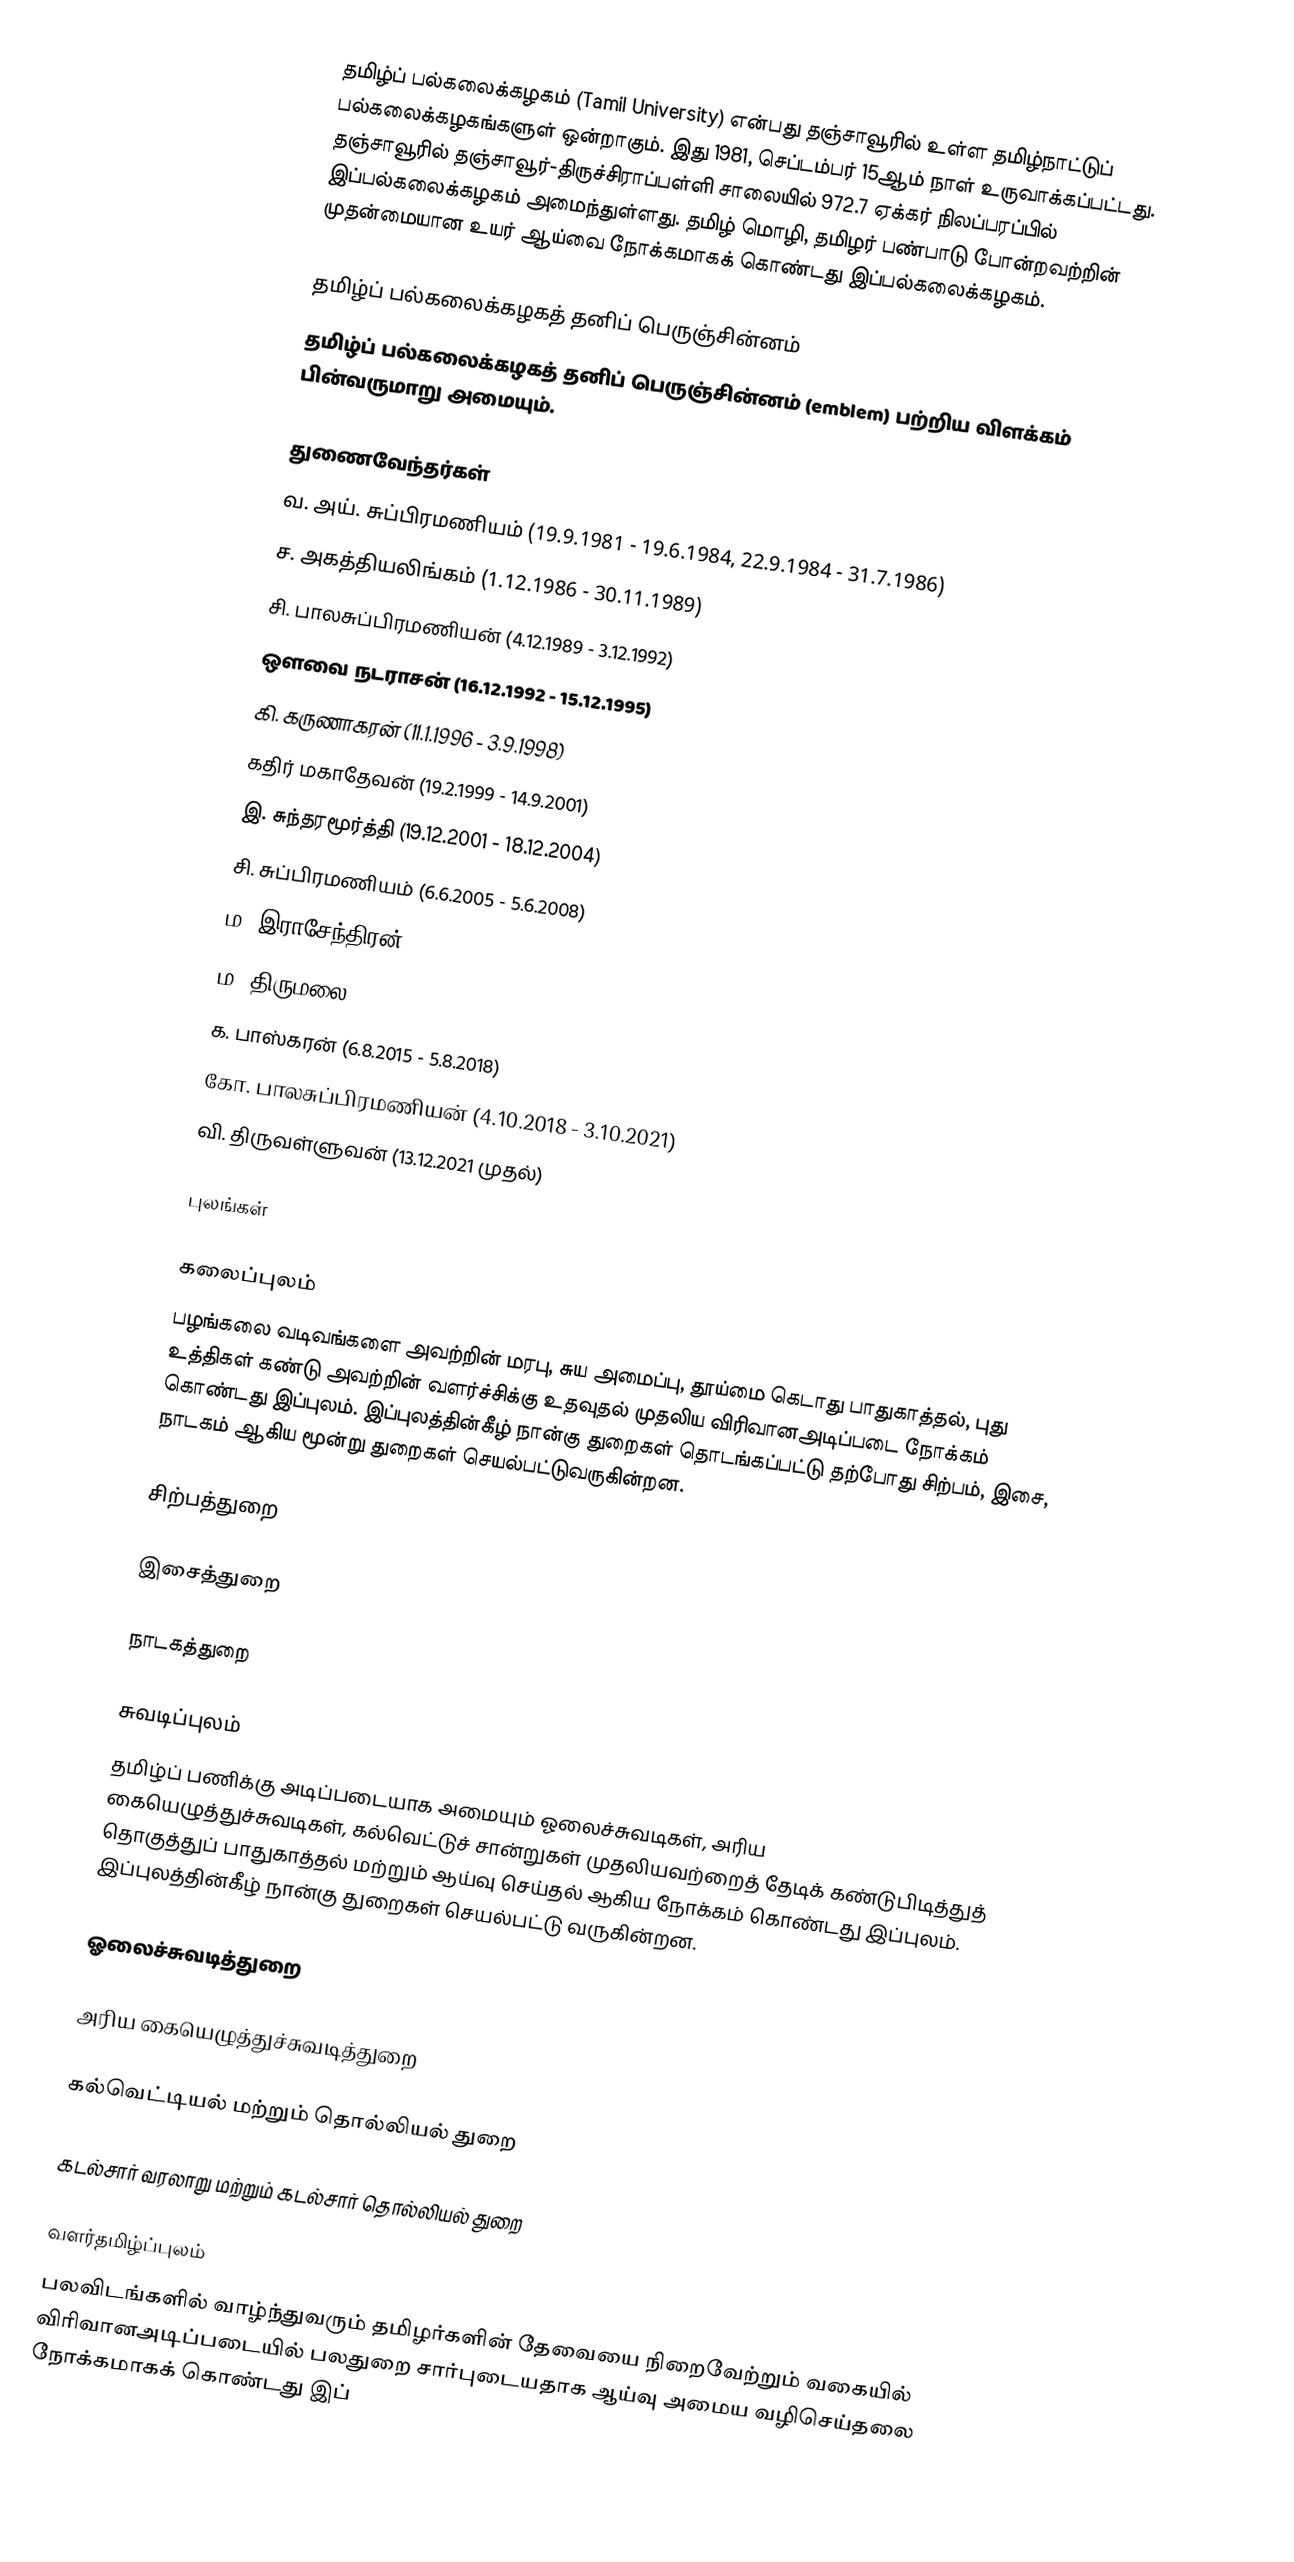
தமிழ்ப் பல்கலைக்கழகம் (Tamil University) என்பது தஞ்சாவூரில் உள்ள தமிழ்நாட்டுப் பல்கலைக்கழகங்களுள் ஒன்றாகும். இது 1981, செப்டம்பர் 15ஆம் நாள் உருவாக்கப்பட்டது. தஞ்சாவூரில் தஞ்சாவூர்-திருச்சிராப்பள்ளி சாலையில் 972.7 ஏக்கர் நிலப்பரப்பில் இப்பல்கலைக்கழகம் அமைந்துள்ளது. தமிழ் மொழி, தமிழர் பண்பாடு போன்றவற்றின் முதன்மையான உயர் ஆய்வை நோக்கமாகக் கொண்டது இப்பல்கலைக்கழகம்.

தமிழ்ப் பல்கலைக்கழகத் தனிப் பெருஞ்சின்னம்
தமிழ்ப் பல்கலைக்கழகத் தனிப் பெருஞ்சின்னம் (emblem) பற்றிய விளக்கம் பின்வருமாறு அமையும்.

துணைவேந்தர்கள்
 வ. அய். சுப்பிரமணியம் (19.9.1981 - 19.6.1984, 22.9.1984 - 31.7.1986)
 ச. அகத்தியலிங்கம் (1.12.1986 - 30.11.1989)
 சி. பாலசுப்பிரமணியன் (4.12.1989 - 3.12.1992)
 ஔவை நடராசன் (16.12.1992 - 15.12.1995)
 கி. கருணாகரன் (11.1.1996 - 3.9.1998)
 கதிர் மகாதேவன் (19.2.1999 - 14.9.2001)
 இ. சுந்தரமூர்த்தி (19.12.2001 - 18.12.2004)
 சி. சுப்பிரமணியம் (6.6.2005 - 5.6.2008)
 ம. இராசேந்திரன் (19.6.2008 - 18.6.2011)
 ம. திருமலை (10.2.2012 - 9.2.2015)
 க. பாஸ்கரன் (6.8.2015 - 5.8.2018)
 கோ. பாலசுப்பிரமணியன் (4.10.2018 - 3.10.2021)
 வி. திருவள்ளுவன் (13.12.2021 முதல்)

புலங்கள்

கலைப்புலம்
பழங்கலை வடிவங்களை அவற்றின் மரபு, சுய அமைப்பு, தூய்மை கெடாது பாதுகாத்தல், புது உத்திகள் கண்டு அவற்றின் வளர்ச்சிக்கு உதவுதல் முதலிய விரிவானஅடிப்படை நோக்கம் கொண்டது இப்புலம். இப்புலத்தின்கீழ் நான்கு துறைகள் தொடங்கப்பட்டு தற்போது சிற்பம், இசை, நாடகம் ஆகிய மூன்று துறைகள் செயல்பட்டுவருகின்றன.

சிற்பத்துறை

இசைத்துறை

நாடகத்துறை

சுவடிப்புலம்
தமிழ்ப் பணிக்கு அடிப்படையாக அமையும் ஓலைச்சுவடிகள், அரிய கையெழுத்துச்சுவடிகள், கல்வெட்டுச் சான்றுகள் முதலியவற்றைத் தேடிக் கண்டுபிடித்துத் தொகுத்துப் பாதுகாத்தல் மற்றும் ஆய்வு செய்தல் ஆகிய நோக்கம் கொண்டது இப்புலம். இப்புலத்தின்கீழ் நான்கு துறைகள் செயல்பட்டு வருகின்றன.

ஓலைச்சுவடித்துறை

அரிய கையெழுத்துச்சுவடித்துறை

கல்வெட்டியல் மற்றும் தொல்லியல் துறை

கடல்சார் வரலாறு மற்றும் கடல்சார் தொல்லியல் துறை

வளர்தமிழ்ப்புலம்
பலவிடங்களில் வாழ்ந்துவரும் தமிழர்களின் தேவையை நிறைவேற்றும் வகையில் விரிவானஅடிப்படையில் பலதுறை சார்புடையதாக ஆய்வு அமைய வழிசெய்தலை நோக்கமாகக் கொண்டது இப்